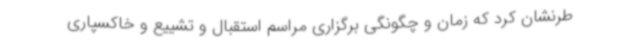
طرنشان کرد که زمان و چگونگی برگزاری مراسم استقبال و تشییع و خاکسپاری